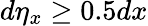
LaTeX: d\eta_{x}\ge 0.5{dx}